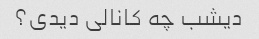
دیشب چه کانالی دیدی؟